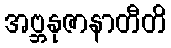
အဗ္ဘနုဇာနာတီတိ